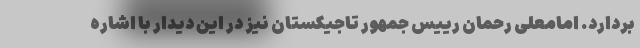
بردارد. امامعلی رحمان رییس جمهور تاجیکستان نیز در این دیدار با اشاره